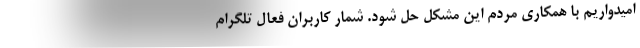
امیدواریم با همکاری مردم این مشکل حل شود. شمار کاربران فعال تلگرام